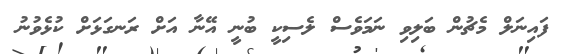
ފައިނަލް މެޗުން ބަލިވި ނަމަވެސް ލެސިކީ ބުނީ އޭނާ އަށް ރަނގަޅަށް ކުޅެވުނު